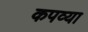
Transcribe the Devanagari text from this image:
कपव्या